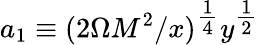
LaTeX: a_{1}\equiv(2\Omega M^{2}/x)^{\textstyle\frac{1}{4}}y^{\textstyle\frac{1}{2}}